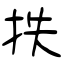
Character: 抶